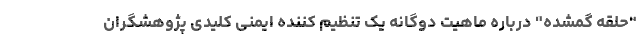
"حلقه گمشده" درباره ماهیت دوگانه یک تنظیم کننده ایمنی کلیدی پژوهشگران